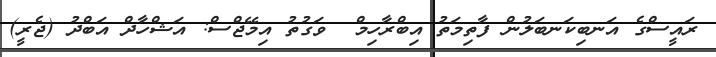
ރައީސްގެ އަނބިކަނބަލުން ފާތިމަތު އިބްރާހިމް  ވަގުތު އިމޭޖްސް: އަޝްހާދް އަބްދު (ޖެރީ)